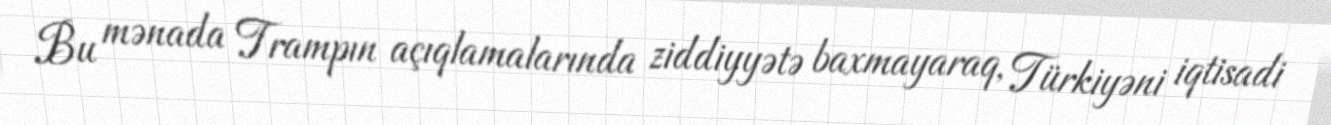
Bu mənada Trampın açıqlamalarında ziddiyyətə baxmayaraq, Türkiyəni iqtisadi